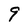
Character: 9